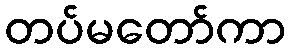
တပ်မတော်ကာ